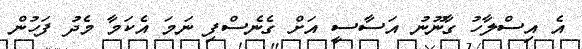
އެ އިސްލާހު ގާނޫނު އަސާސީ އަށް ގެނެސްފި ނަމަ އެކަމާ މެދު ފަހުން